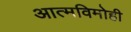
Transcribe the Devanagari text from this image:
आत्मविमोही